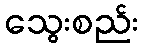
သွေးစည်း